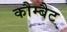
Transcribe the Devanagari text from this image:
कौम्बैट